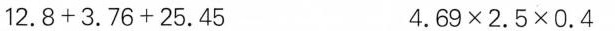
$$12.8+3.76+25.45$$ $$4.69\times